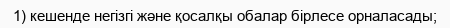
1) кешенде негізгі және қосалқы обалар бірлесе орналасады;